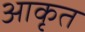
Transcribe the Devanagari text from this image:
आकृत